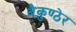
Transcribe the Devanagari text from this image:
बैकुण्ठेर